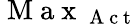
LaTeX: \mathrm{~M~a~x~}_{\mathrm{~A~c~t~}}